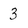
Character: 3